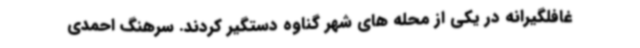
غافلگیرانه در یکی از محله های شهر گناوه دستگیر کردند. سرهنگ احمدی